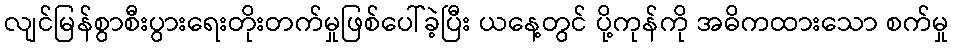
လျင်မြန်စွာစီးပွားရေးတိုးတက်မှုဖြစ်ပေါ်ခဲ့ပြီး ယနေ့တွင် ပို့ကုန်ကို အဓိကထားသော စက်မှု